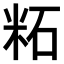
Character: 𫂹